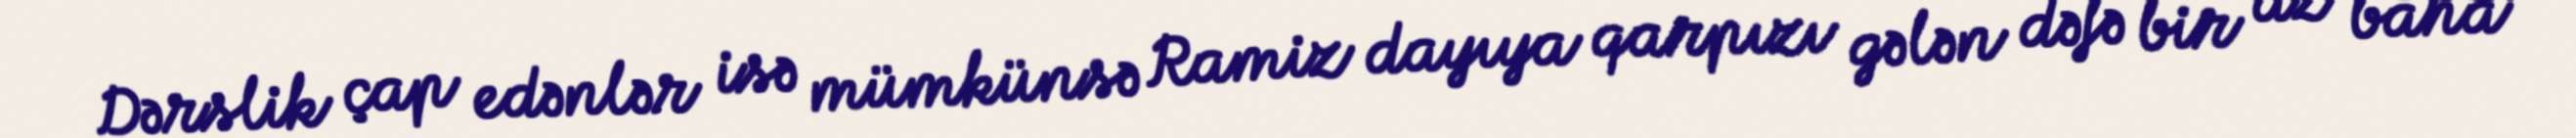
Dərslik çap edənlər isə mümkünsə Ramiz dayıya qarpızı gələn dəfə bir az baha